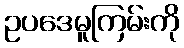
ဥပဒေမူကြမ်းကို